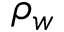
\rho _ { w }